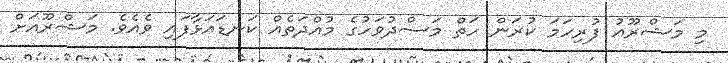
މި މަޝްރޫއު ފުރިހަމަ ކުރަން ހަތް މަސްދުވަހުގެ މުއްދަތެއް ކަނޑައަޅާފައި ވެއެވެ. މަޝްރޫއަށް